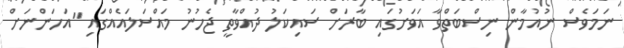
ނަމަވެސް ނުއުމާން ނިސްބަތްވާ އަވަށުގައި ބާރަށް ސައިކަލު ދުއްވާތީ ޖެހުނު މައްސަލައެއްގައި "އަހަންނަށް